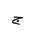
Letter: _gim